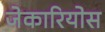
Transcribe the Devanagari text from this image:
जेकारियोस